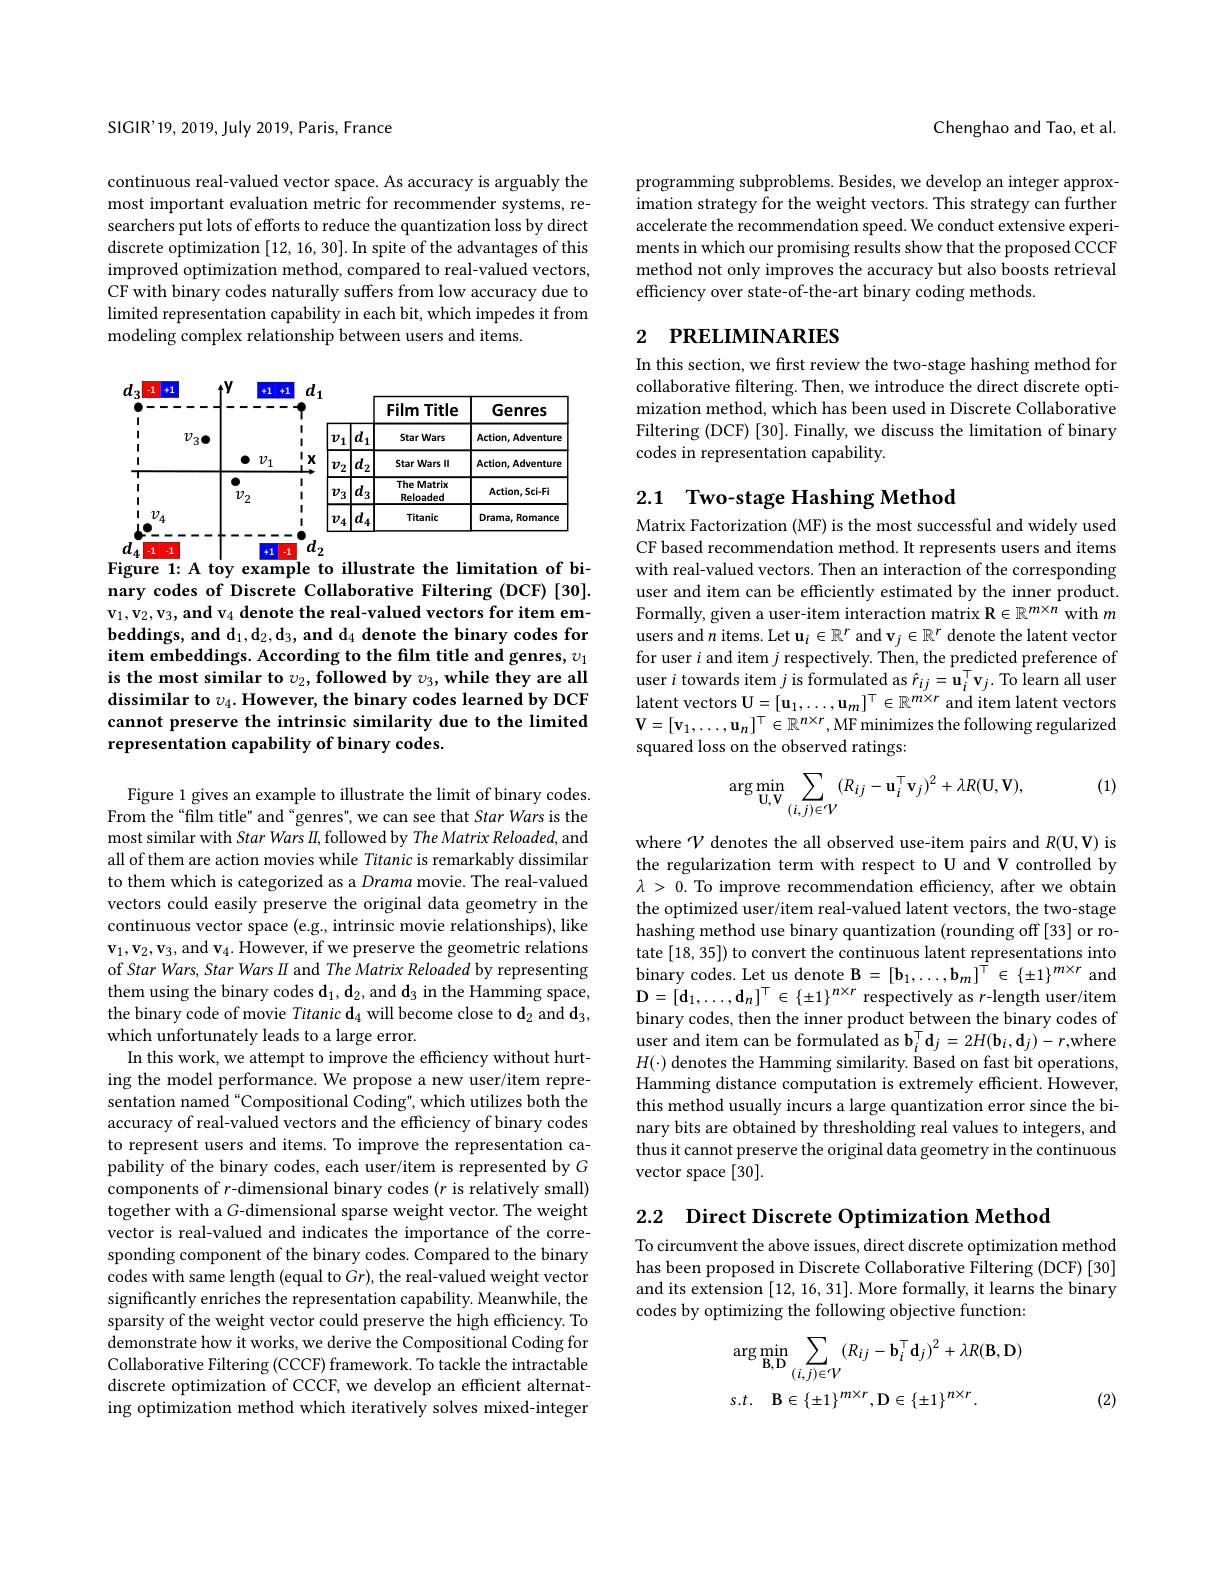
SIGIR'19, 2019, July 2019, Paris, France

continuous real-valued vector space. As accuracy is arguably the most important evaluation metric for recommender systems, researchers put lots of efforts to reduce the quantization loss by direct discrete optimization [12,16,30]. In spite of the advantages of this improved optimization method, compared to real-valued vectors, CF with binary codes naturally suffers from low accuracy due to limited representation capability in each bit, which impedes it from modeling complex relationship between users and items.

<FigureHere>

Figure 1: A toy example to illustrate the limitation of bi-

nary codes of Discrete Collaborative Filtering (DCF) [30]. $\mathbf{v}_1,\mathbf{v}_2,\mathbf{v}_3,\mathbf{and}\mathbf{v}_4$ denote the real-valued vectors for item embeddings, and $\mathbf{d}_1,\mathbf{d}_2,\mathbf{d}_3,\textbf{and d}_4$ denote the binary codes for item embeddings. According to the film title and genres, $v_1$ is the most similar to $v_2, \textbf{followedby}v_3, \textbf{while they are all}$ dissimilar to $v_4.$ However, the binary codes learned by DCF cannot preserve the intrinsic similarity due to the limited representation capability of binary codes.

Figure 1 gives an example to illustrate the limit of binary codes. From the “film title" and“genres", we can see that Star Wars is the most similar with Star Wars II, followed by The Matrix Reloaded, and all of them are action movies while Titanic is remarkably dissimilar to them which is categorized as a Drama movie. The real-valued vectors could easily preserve the original data geometry in the continuous vector space (e.g., intrinsic movie relationships), like $\mathbf{v}_1,\mathbf{v}_2,\mathbf{v}_3$,and $\mathbf{v}_4.$ However, if we preserve the geometric relations of Star Wars, Star Wars II and The Matrix Reloaded by representing them using the binary codes $\mathbf{d}_1,\mathbf{d}_2$,and $\mathbf{d}_3$ in the Hamming space, the binary code of movie Titanic $\mathbf{d}_4$ will become close to $\mathbf{d}_2$ and $\mathbf{d}_3$, which unfortunately leads to a large error.
In this work, we attempt to improve the effciency without hurting the model performance. We propose a new user/item representation named "Compositional Coding", which utilizes both the accuracy of real-valued vectors and the efficiency of binary codes to represent users and items. To improve the representation capability of the binary codes, each user/item is represented by $G$ components of $r$-dimensional binary codes $(r$ is relatively small) together with a G-dimensional sparse weight vector. The weight vector is real-valued and indicates the importance of the corresponding component of the binary codes. Compared to the binary codes with same length (equal to $Gr)$, the real-valued weight vector significantly enriches the representation capability. Meanwhile, the sparsity of the weight vector could preserve the high efficiency. To demonstrate how it works, we derive the Compositional Coding for Collaborative Filtering (CCCF) framework. To tackle the intractable discrete optimization of CCCF, we develop an efficient alternating optimization method which iteratively solves mixed-integer

Chenghao and Tao, et al.

programming subproblems. Besides, we develop an integer approximation strategy for the weight vectors. This strategy can further accelerate the recommendation speed. We conduct extensive experiments in which our promising results show that the proposed CCCF method not only improves the accuracy but also boosts retrieval efficiency over state-of-the-art binary coding methods.

# 2 РRELIMINARIES

In this section, we first review the two-stage hashing method for collaborative filtering. Then, we introduce the direct discrete optimization method, which has been used in Discrete Collaborative Filtering (DCF) [30]. Finally, we discuss the limitation of binary codes in representation capability.

## 2.1 Two-stage Hashing Method

Matrix Factorization (MF) is the most successful and widely used CF based recommendation method. It represents users and items with real-valued vectors. Then an interaction of the corresponding user and item can be efficiently estimated by the inner product. Formally, given a user-item interaction matrix R $\in\mathbb{R}^m\times n$ with $m$ users and $n$ items. Let $\mathbf{u} _i\in \mathbb{R} ^r$ and v$_j\in\mathbb{R}^r$ denote the latent vector for user $i$ and item $j$ respectively. Then, the predicted preference of user $i$ towards item $j$ is formulated as $\hat{r}_{ij}=\mathbf{u}_{i}^{\top}\mathbf{v}_{j}.$ To learn all user latent vectors U$=[\mathbf{u}_1,\ldots,\mathbf{u}_m]^{\top}\in\mathbb{R}^{m\times r}$ and item latent vectors $\mathbf{V}=[\mathbf{v}_1,\ldots,\mathbf{u}_n]^{\top}\in\mathbb{R}^{n\times r}$,MF minimizes the following regularized squared loss on the observed ratings:

(1)
$$\arg\min_{\mathrm{U,V}}\sum_{(i,j)\in\mathcal{V}}(R_{ij}-\mathbf{u}_{i}^{\top}\mathbf{v}_{j})^{2}+\lambda R(\mathbf{U},\mathbf{V}),$$
where $\mathcal{V}$ denotes the all observed use-item pairs and $R(\mathbf{U},\mathbf{V})$ is the regularization term with respect to U and V controlled by $\lambda>0.$ To improve recommendation efficiency, after we obtain the optimized user/item real-valued latent vectors, the two-stage hashing method use binary quantization (rounding off [33] or rotate [18,35]) to convert the continuous latent representations into binary codes. Let us denote B $=[\mathbf{b}_1,\ldots,\mathbf{b}_m]^{\tilde{\top}}\in\{\pm1\}^{m\times r}$ and $\mathbf{D}=[\mathbf{d}_{1},\ldots,\mathbf{d}_{n}]^{\top}\in\{\pm1\}^{n\times r}$ respectively as $r$-length user/item binary codes, then the inner product between the binary codes of user and item can be formulated as $\mathbf{b}_i^\top\mathbf{d}_j=2H(\mathbf{b}_i,\mathbf{d}_j)-r$,where $H(\cdot)$ denotes the Hamming similarity. Based on fast bit operations, Hamming distance computation is extremely efficient. However, this method usually incurs a large quantization error since the binary bits are obtained by thresholding real values to integers, and thus it cannot preserve the original data geometry in the continuous vector space [30].

2.2 Direct Discrete Optimization Method

To circumvent the above issues, direct discrete optimization method has been proposed in Discrete Collaborative Filtering (DCF) [30] and its extension [12,16,31]. More formally, it learns the binary codes by optimizing the following objective function:
$$\begin{aligned}&\arg\min_{\mathbf{B},\mathbf{D}}\sum_{(i,j)\in\mathcal{V}}(R_{ij}-\mathbf{b}_{i}^{\top}\mathbf{d}_{j})^{2}+\lambda R(\mathbf{B},\mathbf{D})\\&s.t.\quad\mathbf{B}\in\{\pm1\}^{m\times r},\mathbf{D}\in\{\pm1\}^{n\times r}.\end{aligned}$$
(2)